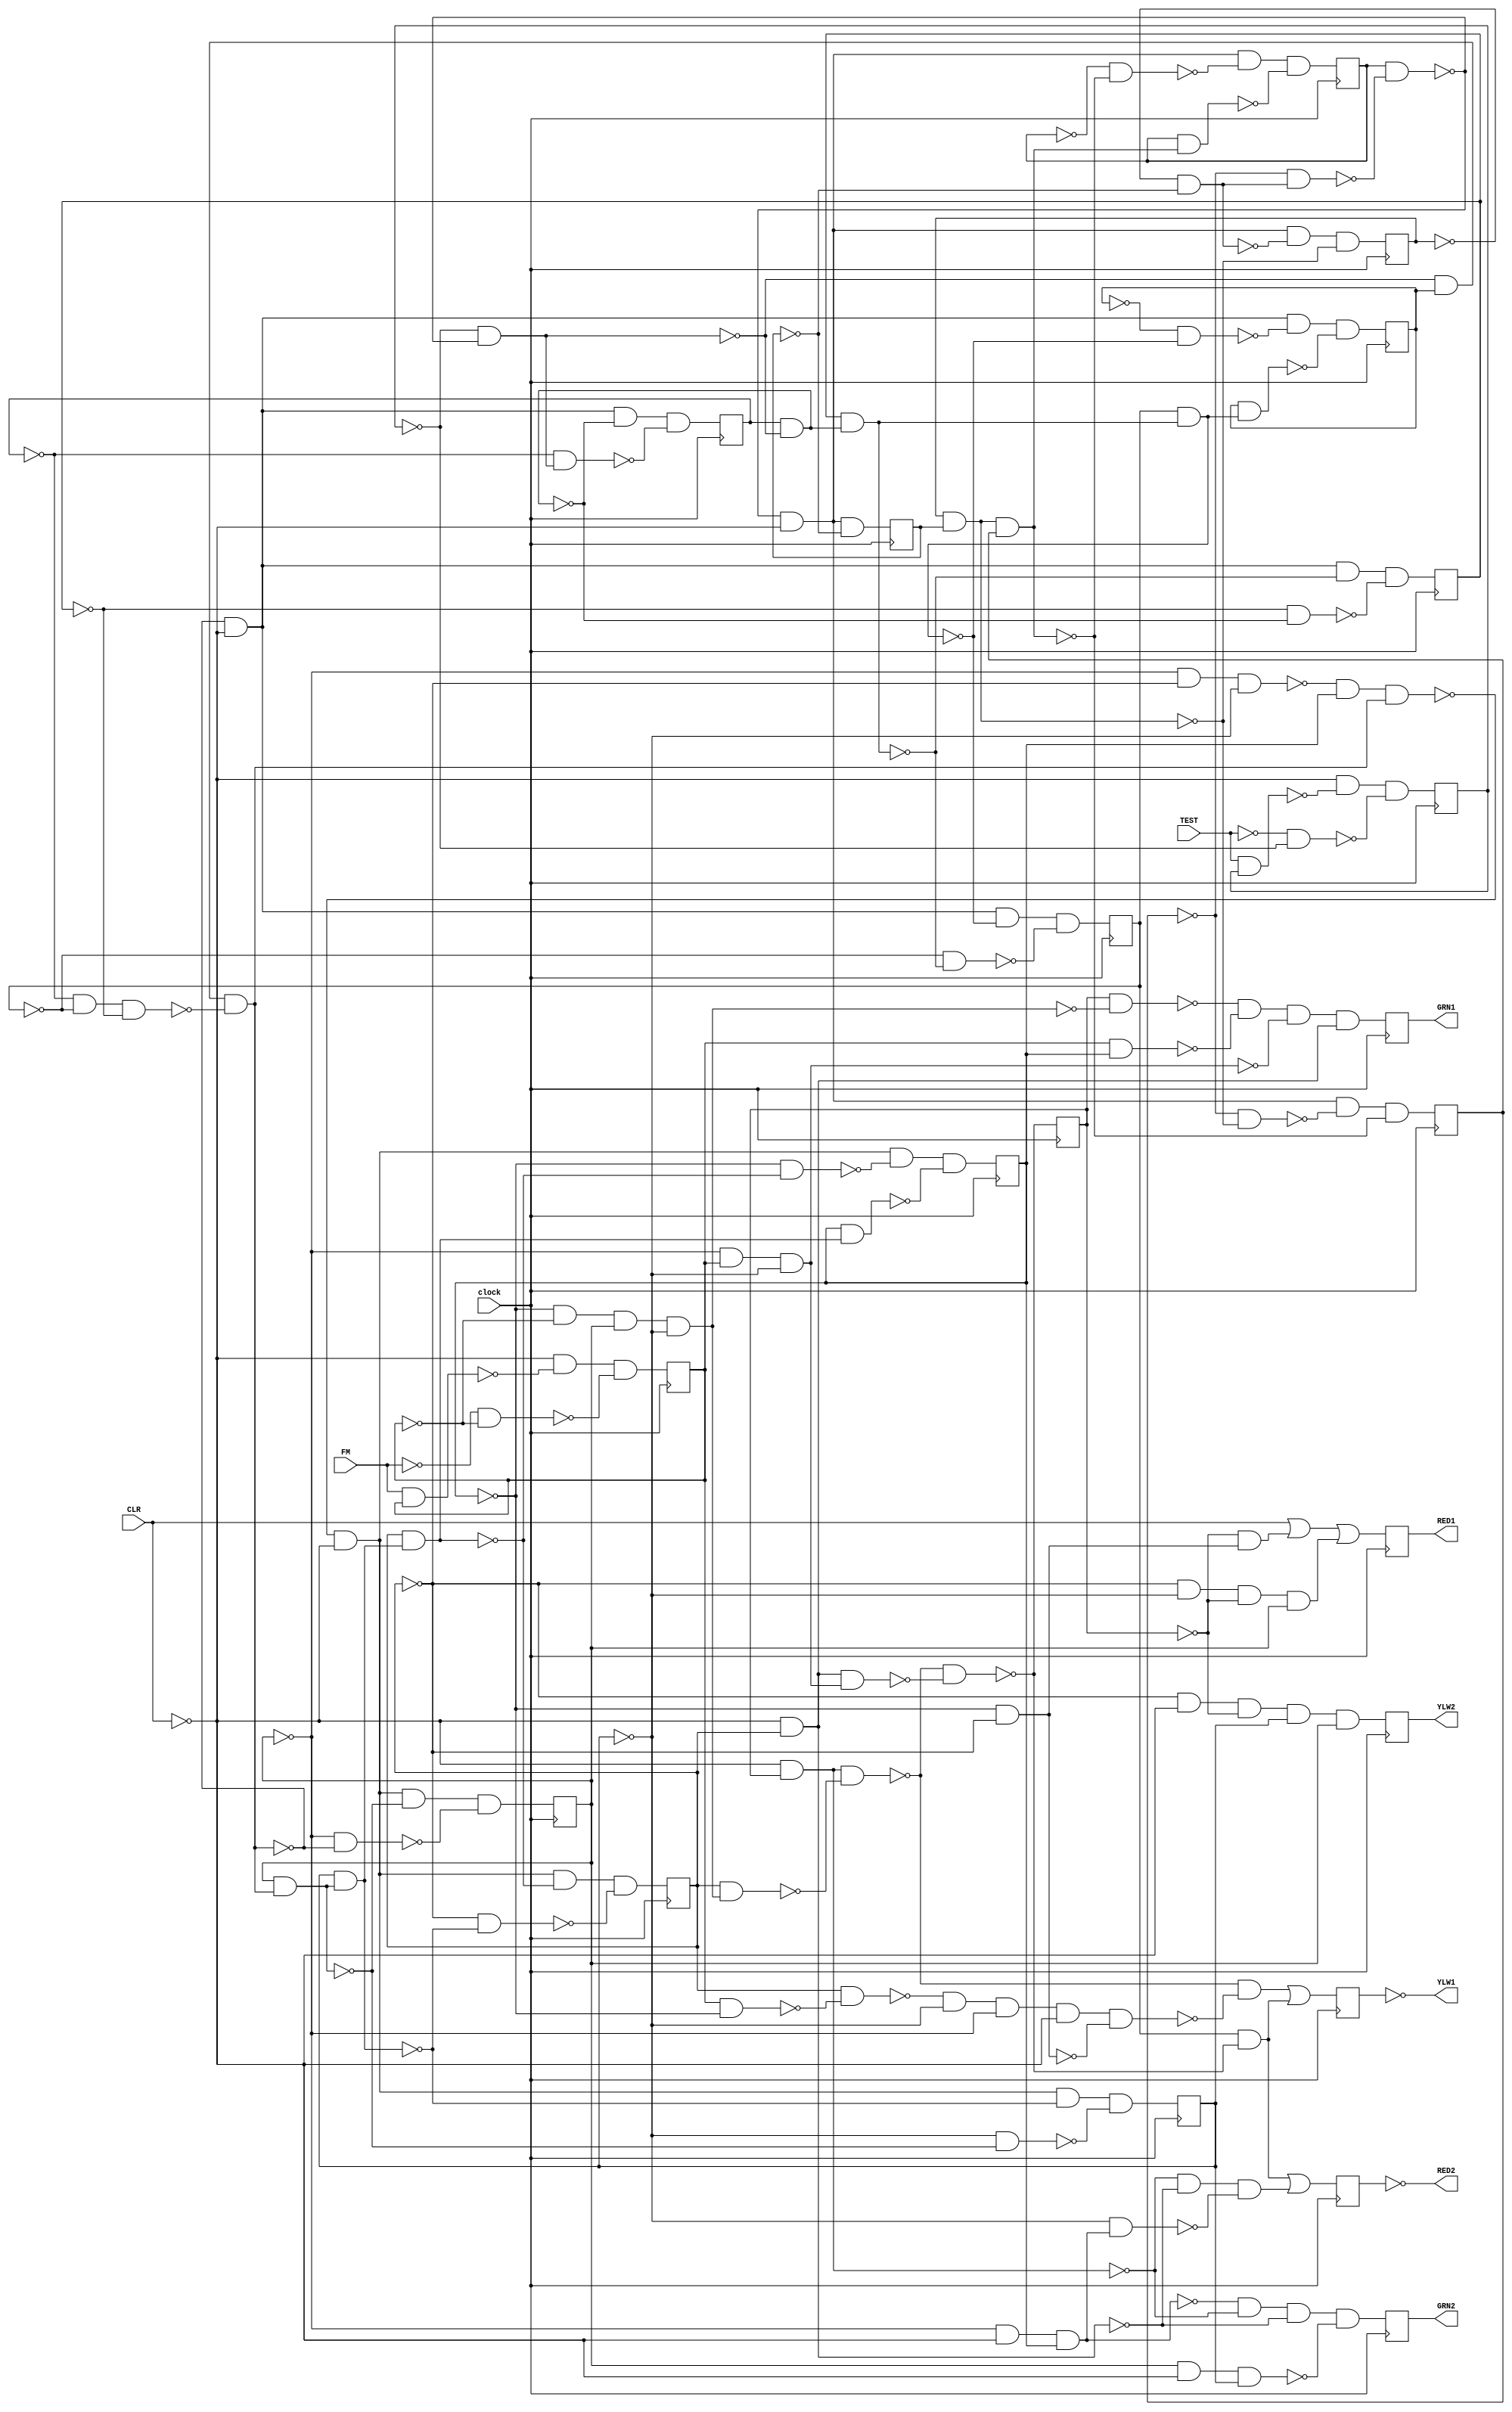
module small_2 ( clock, 
    FM, TEST, CLR,
    GRN2, YLW2, RED2, GRN1, YLW1, RED1  );
  input  clock, FM, TEST, CLR;
  output GRN2, YLW2, RED2, GRN1, YLW1, RED1;
  reg TESTL, FML, OLATCH_Y2L, OLATCHVUC_6, OLATCHVUC_5, OLATCH_R1L,
    OLATCH_G2L, OLATCH_G1L, OLATCH_FEL, C3_Q3, C3_Q2, C3_Q1, C3_Q0, UC_16,
    UC_17, UC_18, UC_19, UC_8, UC_9, UC_10, UC_11;
  wire n73, n74_1, n76, n77, n80, n81, n82, n83, n84_1, n85, n86, n87, n88,
    n89_1, n90, n91, n92, n93, n95, n96, n97, n99_1, n100, n102, n104_1,
    n105, n107, n108, n109_1, n110, n111, n112, n113, n114_1, n115, n116,
    n117, n118, n119_1, n121, n123, n125, n127, n128, n129, n130, n131,
    n133, n135, n137, n139, n140, n141, n143, n144, n145, n19, n24, n29,
    n34, n39, n44, n49, n54, n59, n64, n69, n74, n79, n84, n89, n94, n99,
    n104, n109, n114, n119;
  assign n19 = ~CLR & ~n73 & ~n74_1;
  assign n73 = TEST & TESTL;
  assign n74_1 = ~TEST & ~TESTL;
  assign n24 = ~CLR & ~n76 & ~n77;
  assign n76 = FM & FML;
  assign n77 = ~FM & ~FML;
  assign n29 = ~C3_Q2 & ~CLR & ~OLATCH_FEL & C3_Q1 & C3_Q0;
  assign n34 = n80 | n89_1;
  assign n80 = ~n81 & ~n85;
  assign n81 = n82 & ~n83;
  assign n82 = ~CLR & OLATCH_FEL;
  assign n83 = C3_Q2 & n84_1;
  assign n84_1 = ~C3_Q3 & ~FML & C3_Q0 & ~C3_Q1;
  assign n85 = ~n87 & ~C3_Q1 & ~C3_Q0 & ~CLR & ~n86;
  assign n86 = ~C3_Q3 & ~C3_Q2;
  assign n87 = C3_Q2 & ~n88;
  assign n88 = FML & ~C3_Q3;
  assign n89_1 = UC_17 & ~n90;
  assign n90 = ~n81 & ~n91;
  assign n91 = n92 & n93;
  assign n92 = ~CLR & C3_Q2;
  assign n93 = ~C3_Q0 & FML & ~C3_Q1;
  assign n39 = n89_1 | n95;
  assign n95 = ~n82 & ~n92 & ~n96;
  assign n96 = ~C3_Q1 & n97;
  assign n97 = ~C3_Q0 & ~CLR & C3_Q3;
  assign n44 = CLR | n99_1 | n100;
  assign n99_1 = ~OLATCH_FEL & n86;
  assign n100 = ~C3_Q2 & ~C3_Q1 & ~OLATCH_FEL & C3_Q0;
  assign n49 = ~n97 & ~n82 & ~n92 & ~n102;
  assign n102 = C3_Q0 & ~CLR & C3_Q1;
  assign n54 = ~n105 & ~n104_1 & ~n93 & n92;
  assign n104_1 = FML & C3_Q3;
  assign n105 = OLATCH_FEL & ~n84_1;
  assign n64 = ~n107 & ~CLR & ~n115 & ~n119_1;
  assign n107 = ~n114_1 & C3_Q3 & n108;
  assign n108 = ~n110 & UC_16 & ~n109_1;
  assign n109_1 = ~UC_19 & ~UC_17 & ~UC_18;
  assign n110 = ~TESTL & ~n111;
  assign n111 = UC_8 & ~n112;
  assign n112 = ~UC_9 & n113;
  assign n113 = ~UC_10 & ~UC_11;
  assign n114_1 = ~C3_Q0 & ~C3_Q2 & ~C3_Q1;
  assign n115 = ~C3_Q3 & ~n116;
  assign n116 = C3_Q2 & n117;
  assign n117 = C3_Q1 & n118;
  assign n118 = C3_Q0 & n108;
  assign n119_1 = C3_Q3 & n116;
  assign n69 = ~n107 & ~CLR & ~n116 & ~n121;
  assign n121 = ~C3_Q2 & ~n117;
  assign n74 = ~n107 & ~CLR & ~n117 & ~n123;
  assign n123 = ~C3_Q1 & ~n118;
  assign n79 = ~n107 & ~CLR & ~n118 & ~n125;
  assign n125 = ~C3_Q0 & ~n108;
  assign n84 = ~n108 & ~CLR & ~n127 & ~n131;
  assign n127 = ~UC_16 & ~n128;
  assign n128 = UC_17 & n129;
  assign n129 = UC_18 & n130;
  assign n130 = UC_19 & ~n110;
  assign n131 = UC_16 & n128;
  assign n89 = ~n108 & ~CLR & ~n128 & ~n133;
  assign n133 = ~UC_17 & ~n129;
  assign n94 = ~n108 & ~CLR & ~n129 & ~n135;
  assign n135 = ~UC_18 & ~n130;
  assign n99 = ~n108 & ~CLR & ~n130 & ~n137;
  assign n137 = ~UC_19 & n110;
  assign n104 = ~n111 & ~CLR & ~n139 & ~n141;
  assign n139 = ~UC_8 & ~n140;
  assign n140 = UC_10 & UC_11 & UC_9;
  assign n141 = UC_8 & n140;
  assign n109 = ~n111 & ~CLR & ~n143 & ~n145;
  assign n143 = ~UC_9 & ~n144;
  assign n144 = UC_10 & UC_11;
  assign n145 = UC_9 & n144;
  assign n114 = ~n111 & ~CLR & ~n113 & ~n144;
  assign n119 = ~n111 & ~CLR & ~UC_11;
  assign GRN2 = OLATCH_G2L;
  assign YLW2 = OLATCH_Y2L;
  assign RED2 = ~OLATCHVUC_5;
  assign GRN1 = OLATCH_G1L;
  assign YLW1 = ~OLATCHVUC_6;
  assign RED1 = OLATCH_R1L;
  assign n59 = ~n90;
  always @ (posedge clock) begin
    TESTL <= n19;
    FML <= n24;
    OLATCH_Y2L <= n29;
    OLATCHVUC_6 <= n34;
    OLATCHVUC_5 <= n39;
    OLATCH_R1L <= n44;
    OLATCH_G2L <= n49;
    OLATCH_G1L <= n54;
    OLATCH_FEL <= n59;
    C3_Q3 <= n64;
    C3_Q2 <= n69;
    C3_Q1 <= n74;
    C3_Q0 <= n79;
    UC_16 <= n84;
    UC_17 <= n89;
    UC_18 <= n94;
    UC_19 <= n99;
    UC_8 <= n104;
    UC_9 <= n109;
    UC_10 <= n114;
    UC_11 <= n119;
  end
endmodule